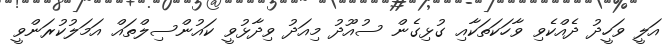
އަލީ ވަހީދު ދެއްކެވި ވާހަކަތަކާއި ގުޅިގެން ސުއޫދު މިއަދު ވިދާޅުވީ ކައުންސިލްތައް އަމަލުކުރަންވީ